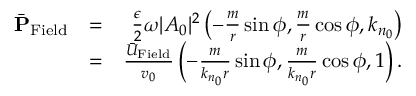
\begin{array} { r l r } { \bar { \bf P } _ { \mathrm { F i e l d } } } & { = } & { \frac { \epsilon } { 2 } \omega | A _ { 0 } | ^ { 2 } \left( - \frac { m } { r } \sin \phi , \frac { m } { r } \cos \phi , k _ { n _ { 0 } } \right) } \\ & { = } & { \frac { \bar { U } _ { \mathrm { F i e l d } } } { v _ { 0 } } \left( - \frac { m } { k _ { n _ { 0 } } r } \sin \phi , \frac { m } { k _ { n _ { 0 } } r } \cos \phi , 1 \right) . } \end{array}